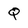
Character: Q